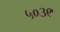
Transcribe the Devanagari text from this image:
५०३९